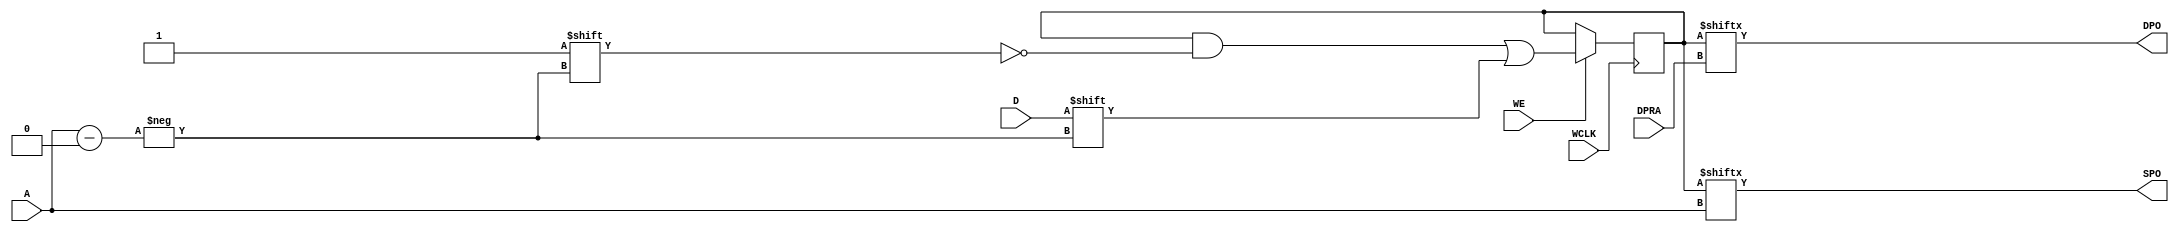
module RAM128X1D (DPO, SPO, A, D, DPRA, WCLK, WE);

    parameter INIT = 128'h0;

    output DPO, SPO;

    input  [6:0] A;
    input  [6:0] DPRA;
    input  D;
    input  WCLK;
    input  WE;

    reg [127:0] mem;


    assign SPO = mem[A];
    assign DPO = mem[DPRA];


    initial 
         mem = INIT;

    always @(posedge WCLK) 
	if (WE == 1'b1)
	    mem[A] <= #100 D;


endmodule